Civil Veterinary Department Bihar & Orissa reports 1929-36 - 1929-1936
Year: 1929
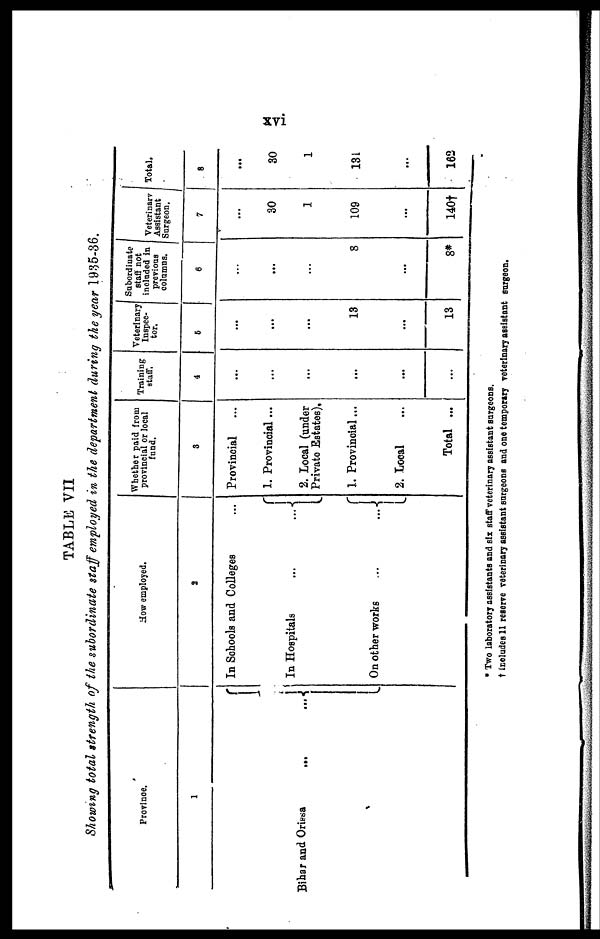
xvi
TABLE VII
Showing total strength of the subordinate staff employed in the department during the year 1935-36.
Province.
1
Bihar and Orissa ... ...
How employed.
2
In Schools and Colleges ...
In Hospitals
...
...
On other works
...
...
Whether paid from
provincial or local
fund.
3
Provincial ...
1. Provincial ...
2. Local (under
Private Estates),
1. Provincial ...
2. Local ...
Total ...
Training
staff.
4
...
...
...
...
...
...
Veterinary
Inspec-
tor.
5
...
...
...
13
...
13
Subordinate
staff not
included in
previous
columns.
6
...
...
...
8
...
8*
Veterinary
Assistant
Surgeon.
7
...
30
1
109
...
140†
Total.
8
...
30
1
131
...
162
* Two laboratory assistants and six staff veterinary assistant surgeons.
† Includes 11 reserve veterinary assistant surgeons and one temporary veterinary assistant surgeon.